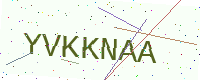
Text: YVKKNAA